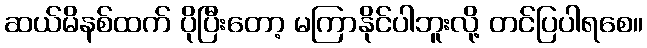
ဆယ်မိနစ်ထက် ပိုပြီးတော့ မကြာနိုင်ပါဘူးလို့ တင်ပြပါရစေ။